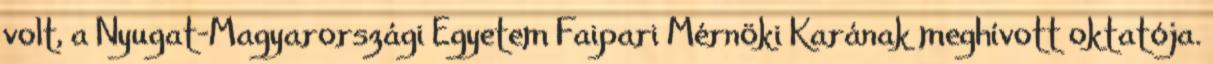
volt, a Nyugat-Magyarországi Egyetem Faipari Mérnöki Karának meghívott oktatója.